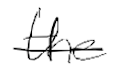
Text: the
Cross-out: single-line
Writing tool: digital_black